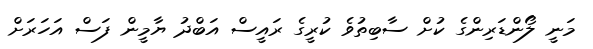
މަނީ ލޯންޑަރިންގެ ކުށް ސާބިތުވެ ކުރީގެ ރައީސް އަބްދު ޔާމީން ފަސް އަހަރަށް